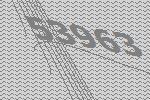
53963